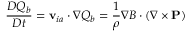
\frac { D Q _ { b } } { D t } = { \bf v } _ { i a } \cdot \nabla Q _ { b } = \frac { 1 } { \rho } \nabla B \cdot ( \nabla \times { \bf P } )